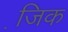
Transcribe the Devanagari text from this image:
जि़क